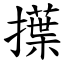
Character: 擛